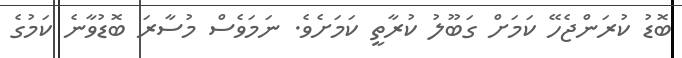
ބޮޑު ކުރަންޖެހޭ ކަމަށް ގަބޫލު ކުރާތީ ކަމަށެވެ. ނަމަވެސް މުސާރަ ބޮޑުވާނެ ކަމުގެ